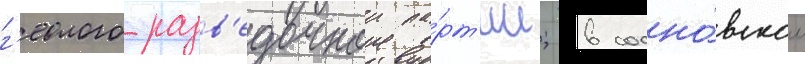
г'еолого-разв'едочнои па́рт'ии; в сосно́вском